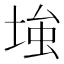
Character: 𡌺